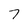
Character: 7